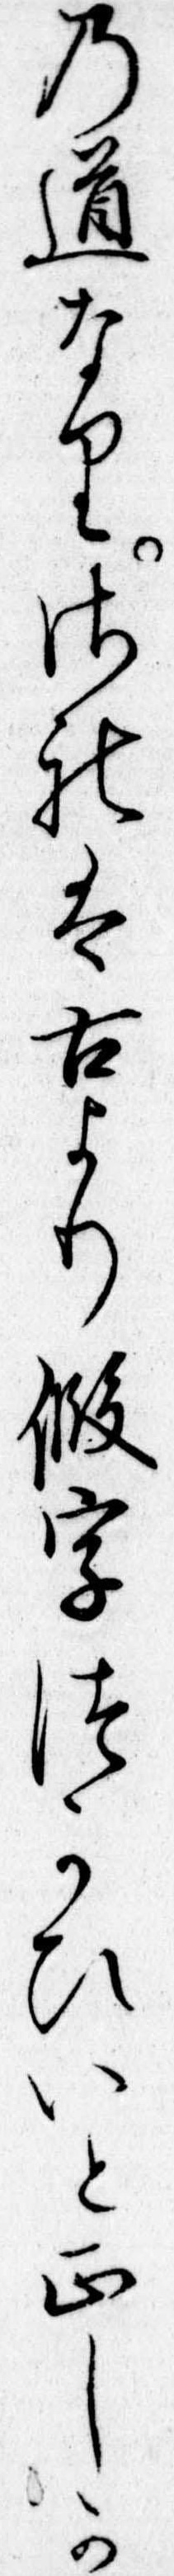
の道なりされは古より仮字つかひいと正しか